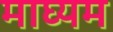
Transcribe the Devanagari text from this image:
माघ्‍यम